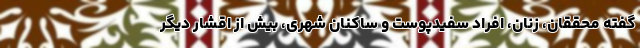
گفته محققان، زنان، افراد سفیدپوست و ساکنان شهری، بیش از اقشار دیگر